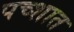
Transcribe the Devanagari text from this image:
पच्शात